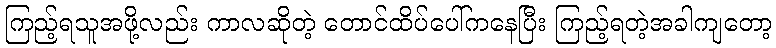
ကြည့်ရသူအဖို့လည်း ကာလဆိုတဲ့ တောင်ထိပ်ပေါ်ကနေပြီး ကြည့်ရတဲ့အခါကျတော့